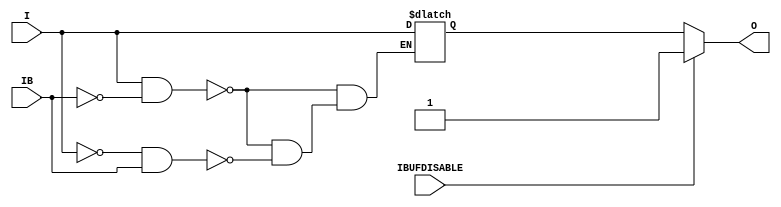
///////////////////////////////////////////////////////////////////////////////
// Copyright (c) 1995/2004 Xilinx, Inc.
// All Right Reserved.
///////////////////////////////////////////////////////////////////////////////
//   ____  ____
//  /   /\/   /
// /___/  \  /    Vendor : Xilinx
// \   \   \/     Version : 10.1
//  \   \         Description : Xilinx Formal Library Component
//  /   /                  Differential Signaling Input Buffer
// /___/   /\     Filename : IBUFDS_IBUFDISABLE.v
// \   \  /  \    Timestamp : Wed Dec  8 17:04:24 PST 2010
//  \___\/\___\
//
// Revision:
//    12/08/10 - Initial version.
// End Revision

`timescale  1 ps / 1 ps


module IBUFDS_IBUFDISABLE (O, I, IB, IBUFDISABLE);

    parameter CAPACITANCE = "DONT_CARE";
    parameter DIFF_TERM = "FALSE";
    parameter DQS_BIAS = "FALSE";
    parameter IBUF_DELAY_VALUE = "0";
    parameter IBUF_LOW_PWR = "TRUE";
    parameter IFD_DELAY_VALUE = "AUTO";
    parameter IOSTANDARD = "DEFAULT";

    output O;

    input  I;
    input  IB;
    input  IBUFDISABLE;

    reg o_out;

    always @(I or IB) 
	if (I == 1'b1 && IB == 1'b0)
	    o_out = I;
	else if (I == 1'b0 && IB == 1'b1)
	    o_out = I;
    
   assign O = (IBUFDISABLE == 0) ? o_out : 1'b1;

endmodule